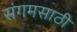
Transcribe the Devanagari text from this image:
संगमसाठी